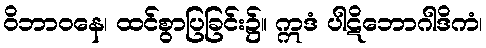
ဝိဘာဝနေ၊ ထင်စွာပြခြင်း၌။ ဣဒံ ပါဋိဘောဂါဒိကံ၊